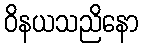
ဝိနယသညိနော